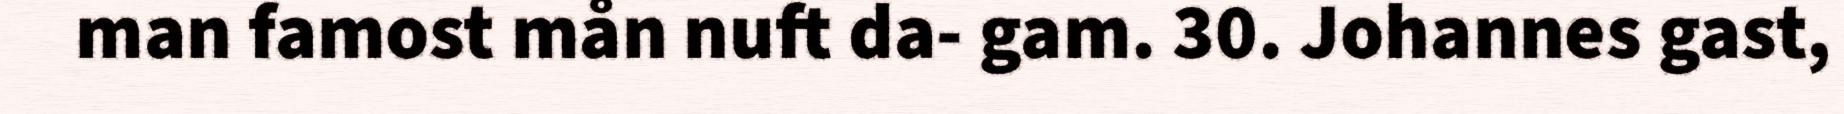
man famost mån nuft da- gam. 30. Johannes gast,